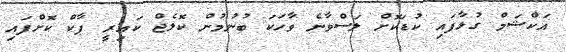
އަކްޝަމް ގުޅާފައި ކުޑަކޮށް ލަސްވާނެ ވާހަކަ ބުނުމުން ކޮލެޖް ކައިރީ ޕާކް ކޮށްފައި